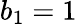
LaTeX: b_{1}=1